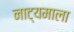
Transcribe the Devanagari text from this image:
नाट्यमाला